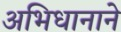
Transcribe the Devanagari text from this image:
अभिधानाने